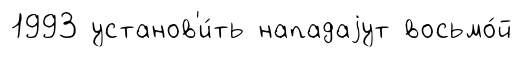
1993 установ'и́ть нападаjут восьмо́й